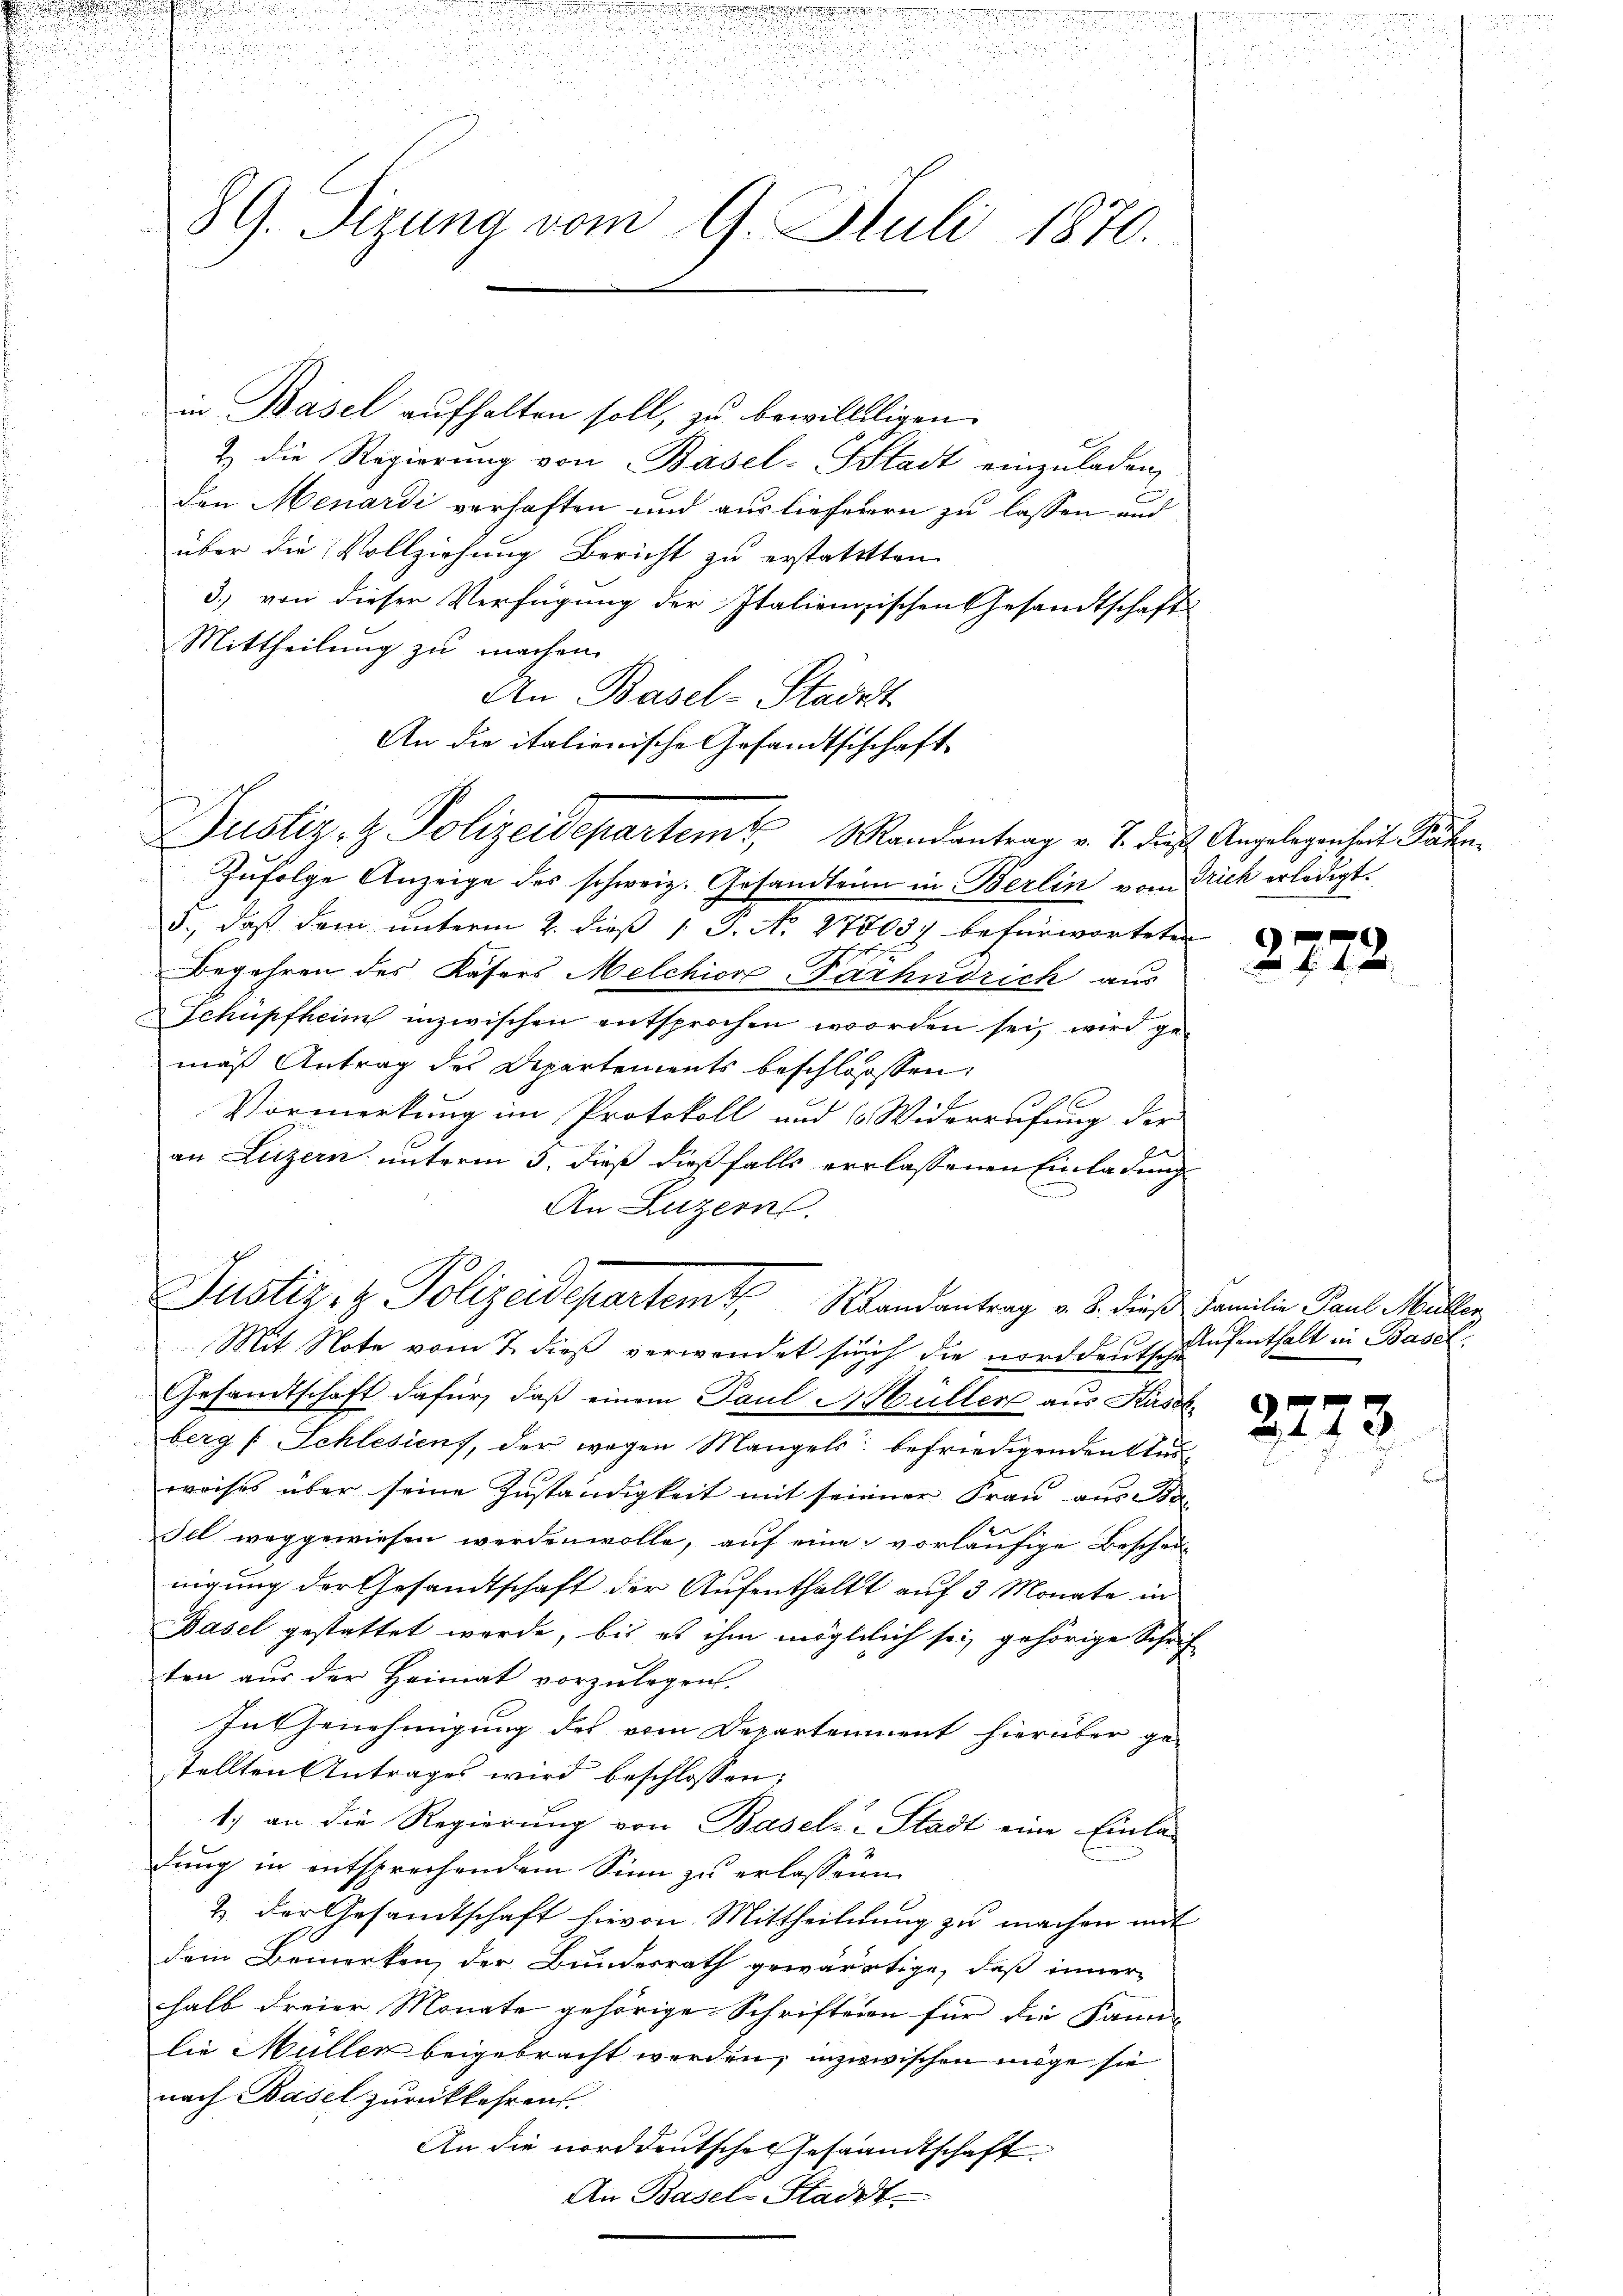
.
d

unsinnung

u

89. Sizung vom 9. Juli 1870.

in Basel aufhalten soll, zu bewilliligen.
& die Regierung von Basel-Stadt einzuladen
den Menardi verhaften und auslieferern zu lassen und
über die Vollziehung Bericht zu erstatttten
3.) von dieser Verfügung der Italienischen Gesandtschaft
Mittheilung zu machen.
An Basel-Stadelt
An die italienische Gesandtschchaft
Zufolge Anzeige des schweiz. Gesandteim in Berlin vom Dich erledigt.
3., daß dem unterm 2. dieß P. Nr. 278057 befürworteten
14
Begehren des Kasers Melchior Barhndrich aus
Schüpfheim inzwischen entsprochen worden sei, wird gemäß Antrag des Departements beschlossen:
Vormerkung im Protokoll und 6 Widerrufung der
an Luzern unterm 3. dieß dießfalls verlassenen Einladung
An Luzern.
Justiz- & Polizeidepartem Randantrag v. J. dieß Familie Paul Müller
Mit Note vom 7. dieß verwendet such die norddeutsche
Gesandtschaft dafür, daß einem Paul Müller aus Kussb
berg (Schlesiens, der wegen Mangels befriedigenden Anweises über seine Zuständigkeit mit seiner Frau aus Ba¬
Tel weggewiesen werden wolle, auf eine vorläufige Beschei
nigung der Gesandtschaft der Aufenthalt auf 3 Monate in
Basel gestattet werde, bis es ihm mögtlich sei, gehörige Schrif
ten aus der Heimat vorzulegen.
In Genehmigung des vom Departement hierüber ge-
stellten Antrages wird beschlossen:
1.) an die Regierung von Basel-Stadt eine Einla-
dung in entsprechendem Sinn zu erlassenen
& der Gesamtschaft hievon Mittheilung zu machen mit
dem Bemerken, der Bundesrath gewärtige, daß inner
halb dreier Monate gehörige Schriftenen für die Kan-
lie Müller beigebracht werden, inzwischen möge sie
nach Basel zurückkehren.
An die norddeutsche Gesandtschaft
An Basel-Stadt.

Justiz- & Polizeidepartem Mandantrag v. J. die Angelegenheit Pastor¬

f

2772.

Aufenthalt in Basel

2773.